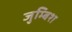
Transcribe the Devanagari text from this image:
जुम्बिश